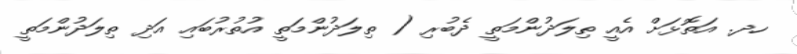
ހދ. އަތޮޅަށް އެއީ ތިލަދުންމަތީ ދެބުރި ( ތިލަދުންމަތީ އުތުރުބައި އަދި ތިލަދުންމަތީ